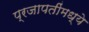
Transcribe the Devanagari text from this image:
प्रजापतींमध्ये